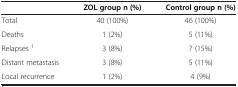
|  | ZOL group n (%) | Control group n (%) |
 | --- | --- | --- |
 | Total | 40 (100%) | 46 (100%) |
 | Deaths | 1 (2%) | 5 (11%) |
 | Relapses 1 | 3 (8%) | 7 (15%) |
 | Distant metastasis | 3 (8%) | 5 (11%) |
 | Local recurrence | 1 (2%) | 4 (9%) |